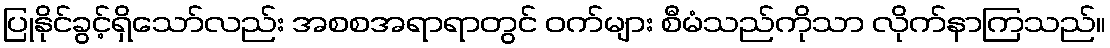
ပြုနိုင်ခွင့်ရှိသော်လည်း အစစအရာရာတွင် ဝက်များ စီမံသည်ကိုသာ လိုက်နာကြသည်။